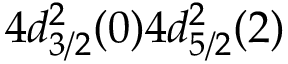
4 d _ { 3 / 2 } ^ { 2 } ( 0 ) 4 d _ { 5 / 2 } ^ { 2 } ( 2 )